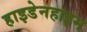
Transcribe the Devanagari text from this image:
हाइडेनहाइम